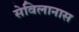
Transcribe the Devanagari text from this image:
सेविलानास